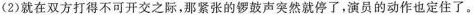
(2)就在双方打得不可开交之际，那紧张的锣鼓声突然就停了，演员的动作也定住了。